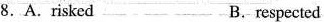
8. A.risked B.respected